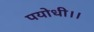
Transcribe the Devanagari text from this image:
पयोधी।।